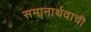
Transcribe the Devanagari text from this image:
समानार्थवाची